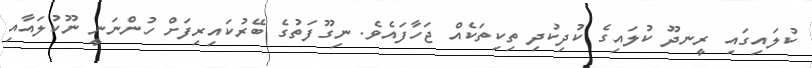
ކުލައިގައި ރީނދޫ ކުލައިގެ ކުދިކުދި ތިކިތަކެއް ޖަހާފައެވެ. ނިގޫފަތުގެ ބޭރުކައިރިފަށް ހުންނަނީ ނޫކުލައާއި